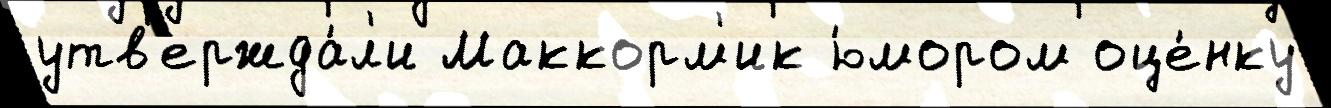
утв'ержда́л'и Маккорм'ик ю́мором оце́нку